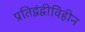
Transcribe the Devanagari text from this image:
प्रतिद्वंद्वीविहीन